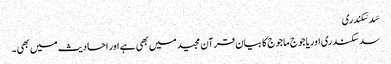
سَد سَکندری
سد سکندری اوریاجوج ماجوج کا بیان قرآن مجید میں بھی ہے اور احادیث میں بھی۔